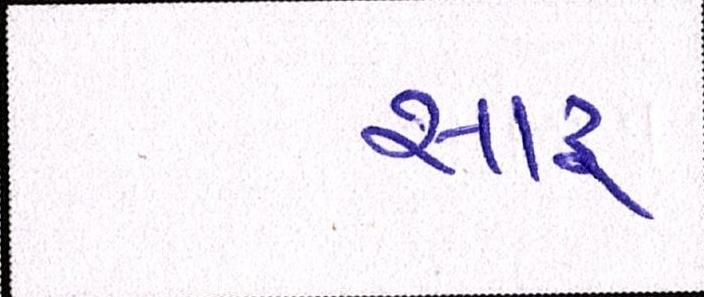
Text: સારુ